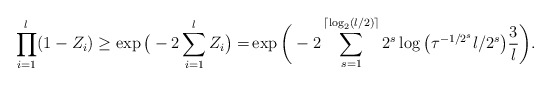
\begin{align*} \prod_{i=1}^{l} (1 - Z_i) \ge \exp\big( - 2\sum_{i=1}^{l} Z_i \big) =& \exp \bigg( - 2\sum_{s=1}^{ \lceil \log_2(l/2) \rceil } 2^s \log\big(\tau^{-1/2^s} l/2^s\big) \frac{3}{l} \bigg).\end{align*}